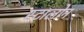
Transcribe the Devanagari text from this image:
स्टालोन